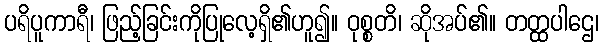
ပရိပူကာရီ၊ ဖြည့်ခြင်းကိုပြုလေ့ရှိ၏ဟူ၍။ ဝုစ္စတိ၊ ဆိုအပ်၏။ တတ္ထပါဌေ၊